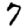
Digit: 7